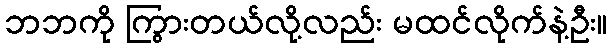
ဘဘကို ကြွားတယ်လို့လည်း မထင်လိုက်နဲ့ဦး။